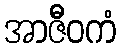
အာဇီဝကံ